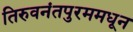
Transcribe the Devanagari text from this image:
तिरुवनंतपुरममधून